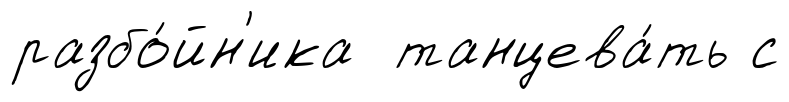
разбо́йн'ика танцева́ть с